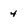
Character: 4